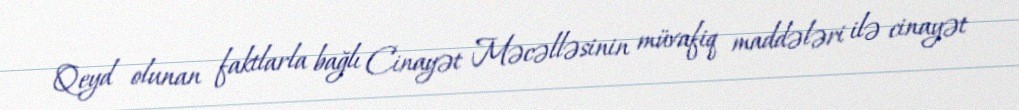
Qeyd olunan faktlarla bağlı Cinayət Məcəlləsinin müvafiq maddələri ilə cinayət